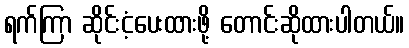
ရက်ကြာ ဆိုင်းငံ့ပေးထားဖို့ တောင်းဆိုထားပါတယ်။